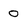
Character: 0